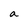
Character: a